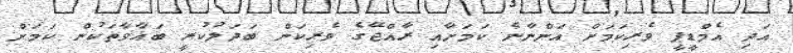
އަދި އެމްޑީޕީ ވެރިކަމަށް އަންނާނެ ކަމަށާއި ރާއްޖޭގެ ވެރިކަން ބަދަލުކުރީ ބަޣާވާތަކުން ކަމަށް